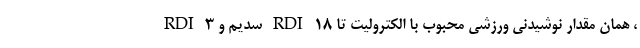
، همان مقدار نوشیدنی ورزشی محبوب با الکترولیت تا 18 RDI سدیم و 3 RDI